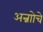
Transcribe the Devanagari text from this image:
अन्नाोचे